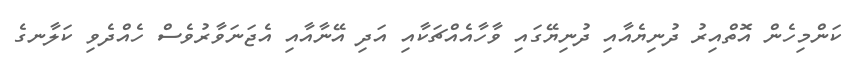
ކަންމިހެން އޮތްއިރު ދުނިޔެއާއި ދުނިޔޭގައި ވާހާއެއްޗަކާއި އަދި އޭނާއާއި އެޖަނަވާރުވެސް ހެއްދެވި ކަލާނގެ